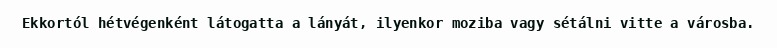
Ekkortól hétvégenként látogatta a lányát, ilyenkor moziba vagy sétálni vitte a városba.